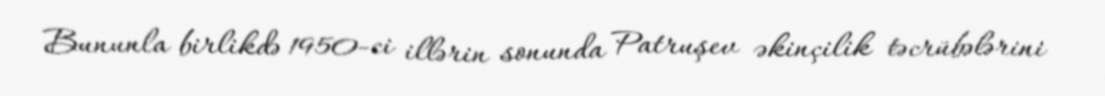
Bununla birlikdə 1950-ci illərin sonunda Patruşev əkinçilik təcrübələrini